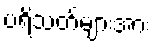
ပရိသတ်များအား